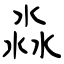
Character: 淼